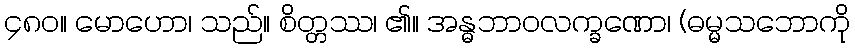
၄၈၀။ မောဟော၊ သည်။ စိတ္တဿ၊ ၏။ အန္ဓဘာဝလက္ခဏော၊ (ဓမ္မသဘောကို